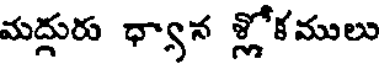
మద్దురు ధ్యాన శ్లోకములు